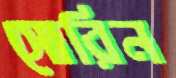
সোরিন